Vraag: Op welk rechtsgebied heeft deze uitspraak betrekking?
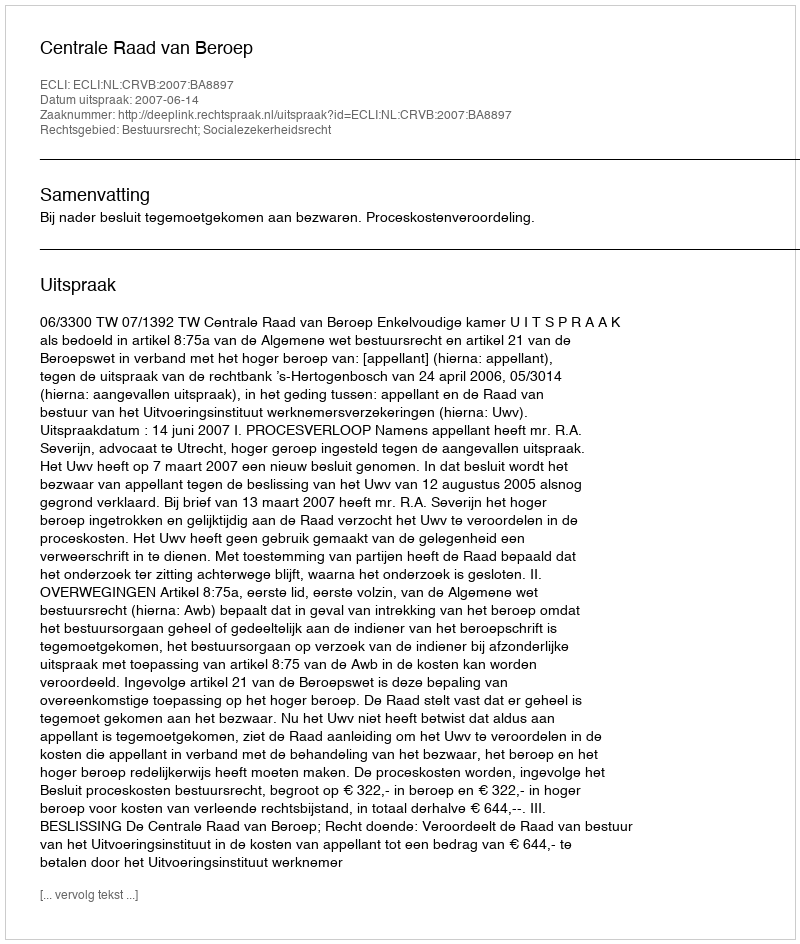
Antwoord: Bestuursrecht; Socialezekerheidsrecht